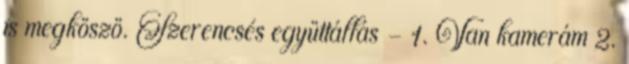
is megköszö. Szerencsés együttállás - 1. Van kamerám 2.